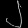
Digit: ၂